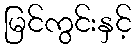
မြင်ကွင်းနှင့်